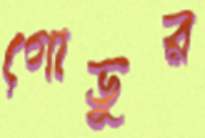
গোভুর